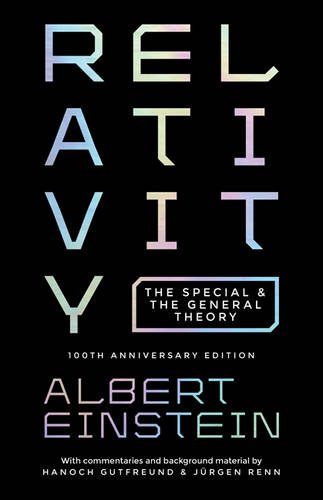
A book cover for Relativity: The Special and the General Theory, 100th Anniversary edition; Albert Einstein; Science & Math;